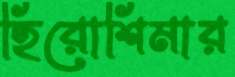
হিরোশিমার